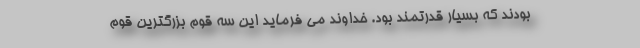
بودند که بسیار قدرتمند بود. خداوند می فرماید این سه قوم بزرگترین قوم